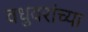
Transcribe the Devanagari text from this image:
वधुवरांच्या